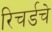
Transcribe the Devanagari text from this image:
रिचर्डचे